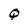
Character: Q